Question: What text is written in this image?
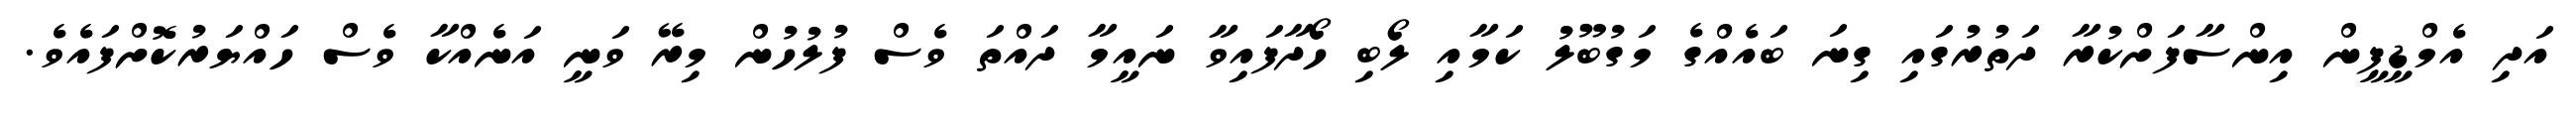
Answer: އަދި އެމްޑީޕީން އިންސާފަށްކުރާ ދަތުރުގައި ގިނަ ބައެއްގެ މަގުބޫލު ކަމާއި ލޯބި ހޯދާފައިވާ ނައީމާ ދައްތަ ވެސް ފުލުހުން މިރޭ ވަނީ އަނެއްކާ ވެސް ހައްޔަރުކޮށްފައެވެ.